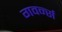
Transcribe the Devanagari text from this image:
गवर्न्स